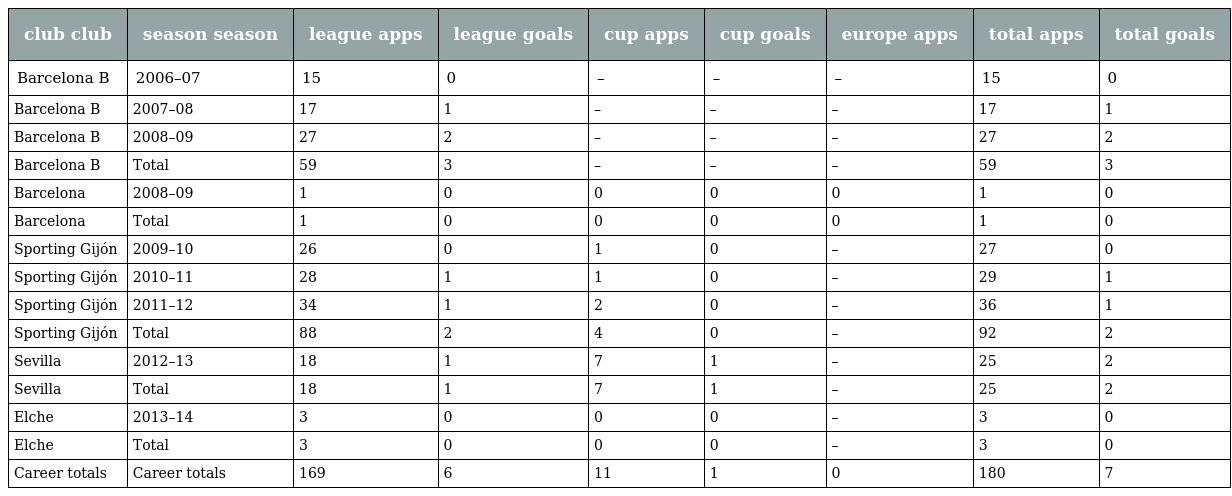
| club club | season season | league apps | league goals | cup apps | cup goals | europe apps | total apps | total goals |
 | --- | --- | --- | --- | --- | --- | --- | --- | --- |
 | Barcelona B | 2006–07 | 15 | 0 | – | – | – | 15 | 0 |
 | Barcelona B | 2007–08 | 17 | 1 | – | – | – | 17 | 1 |
 | Barcelona B | 2008–09 | 27 | 2 | – | – | – | 27 | 2 |
 | Barcelona B | Total | 59 | 3 | – | – | – | 59 | 3 |
 | Barcelona | 2008–09 | 1 | 0 | 0 | 0 | 0 | 1 | 0 |
 | Barcelona | Total | 1 | 0 | 0 | 0 | 0 | 1 | 0 |
 | Sporting Gijón | 2009–10 | 26 | 0 | 1 | 0 | – | 27 | 0 |
 | Sporting Gijón | 2010–11 | 28 | 1 | 1 | 0 | – | 29 | 1 |
 | Sporting Gijón | 2011–12 | 34 | 1 | 2 | 0 | – | 36 | 1 |
 | Sporting Gijón | Total | 88 | 2 | 4 | 0 | – | 92 | 2 |
 | Sevilla | 2012–13 | 18 | 1 | 7 | 1 | – | 25 | 2 |
 | Sevilla | Total | 18 | 1 | 7 | 1 | – | 25 | 2 |
 | Elche | 2013–14 | 3 | 0 | 0 | 0 | – | 3 | 0 |
 | Elche | Total | 3 | 0 | 0 | 0 | – | 3 | 0 |
 | Career totals | Career totals | 169 | 6 | 11 | 1 | 0 | 180 | 7 |